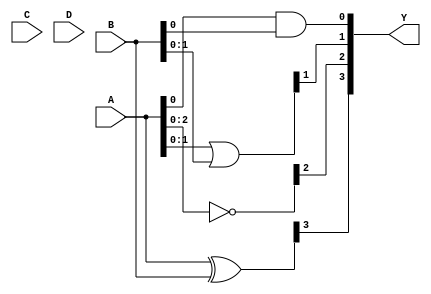
module combinational_logic_block (
    input  wire [N-1:0] A,  // N-bit input A
    input  wire [N-1:0] B,  // N-bit input B
    input  wire [N-1:0] C,  // N-bit input C
    input  wire [N-1:0] D,  // N-bit input D
    output wire [M-1:0] Y   // M-bit output Y
);
    parameter N = 4; // Define the width of input buses
    parameter M = 4; // Define the width of output buses

    // Intermediate signals for various logic operations
    wire [N-1:0] and_out;
    wire [N-1:0] or_out;
    wire [N-1:0] not_out_A;
    wire [N-1:0] not_out_B;
    wire [N-1:0] nand_out;
    wire [N-1:0] nor_out;
    wire [N-1:0] xor_out;

    // Logic operations
    assign and_out = A & B;          // AND operation
    assign or_out = A | B;           // OR operation
    assign not_out_A = ~A;           // NOT operation on A
    assign not_out_B = ~B;           // NOT operation on B
    assign nand_out = ~(A & B);      // NAND operation
    assign nor_out = ~(A | B);       // NOR operation
    assign xor_out = A ^ B;          // XOR operation

    // Output logic mapping (customizable)
    assign Y[0] = and_out[0];        // Example mapping
    assign Y[1] = or_out[1];         // Example mapping
    assign Y[2] = not_out_A[2];      // Example mapping
    assign Y[3] = xor_out[3];        // Example mapping

    // Additional complex logic can be added here as needed

endmodule